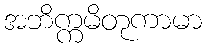
အဘိက္ကမိတုကာမာ